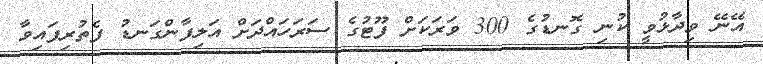
އޭނޭ ވިދާޅުވީ ކުނި ގޮނޑުގެ 300 ވަރަކަށް ފޫޓުގެ ސަރަހައްދަށް އަލިފާންގަނޑު ފެތުރިފައިވާ